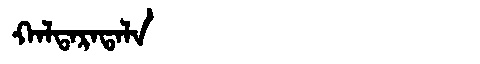
Manchu: ᡴᠠᠯᡨᠠᡵᠠᡨᠠᠯᠠ
Romanization: KALTARATALA